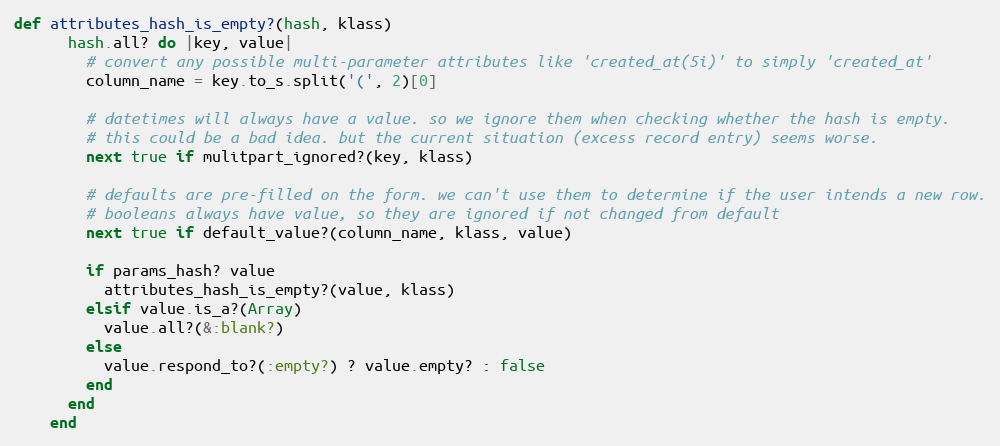
Language: Ruby
def attributes_hash_is_empty?(hash, klass)
      hash.all? do |key, value|
        # convert any possible multi-parameter attributes like 'created_at(5i)' to simply 'created_at'
        column_name = key.to_s.split('(', 2)[0]

        # datetimes will always have a value. so we ignore them when checking whether the hash is empty.
        # this could be a bad idea. but the current situation (excess record entry) seems worse.
        next true if mulitpart_ignored?(key, klass)

        # defaults are pre-filled on the form. we can't use them to determine if the user intends a new row.
        # booleans always have value, so they are ignored if not changed from default
        next true if default_value?(column_name, klass, value)

        if params_hash? value
          attributes_hash_is_empty?(value, klass)
        elsif value.is_a?(Array)
          value.all?(&:blank?)
        else
          value.respond_to?(:empty?) ? value.empty? : false
        end
      end
    end